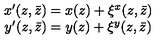
\begin{array} { c } { x ^ { \prime } ( z , \bar { z } ) = x ( z ) + \xi ^ { x } ( z , \bar { z } ) } \\ { y ^ { \prime } ( z , \bar { z } ) = y ( z ) + \xi ^ { y } ( z , \bar { z } ) } \\ \end{array}